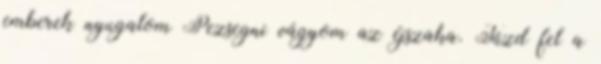
emberek nyugalom Pezsegni vágyom az éjszaka. Tűzd fel a